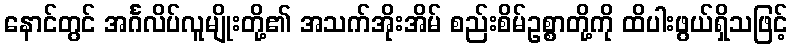
နောင်တွင် အင်္ဂလိပ်လူမျိုးတို့၏ အသက်အိုးအိမ် စည်းစိမ်ဥစ္စာတို့ကို ထိပါးဖွယ်ရှိသဖြင့်